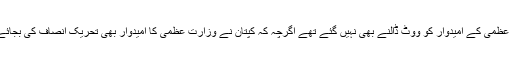
کپتان اس سے پہلے اپنے وزارت عظمی کے امیدوار کو ووٹ ڈالنے بھی نہیں گئے تھے اگرچہ کہ کپتان نے وزارت عظمی کا امیدوار بھی تحریک انصاف کی بجائے شیخ رشید کو ہی منتخب کیا تھا۔